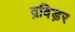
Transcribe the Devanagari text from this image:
द्रविड़र